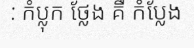
: កំប្លុក ថ្លែង គឺ កំប្លែង